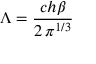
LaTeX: \Lambda = { \frac { c h \beta } { 2 \, \pi ^ { 1 / 3 } } }